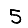
Digit: 5